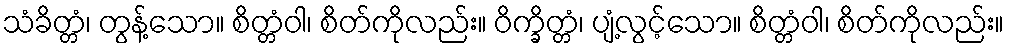
သံခိတ္တံ၊ တွန့်သော။ စိတ္တံဝါ၊ စိတ်ကိုလည်း။ ဝိက္ခိတ္တံ၊ ပျံ့လွင့်သော။ စိတ္တံဝါ၊ စိတ်ကိုလည်း။